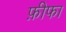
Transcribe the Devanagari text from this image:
फ़ीफा